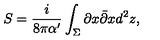
S = \frac { i } { 8 \pi \alpha ^ { \prime } } \int _ { \Sigma } \partial x \bar { \partial } x d ^ { 2 } z ,